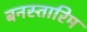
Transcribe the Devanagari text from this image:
बनस्तारिम